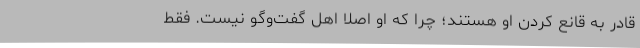
قادر به قانع کردن او هستند؛ چرا که او اصلا اهل گفت‌وگو نیست. فقط